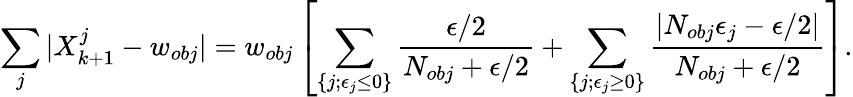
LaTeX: \sum_{j}|X_{k+1}^{j}-w_{obj}|=w_{obj}\left[\sum_{\{ j;\epsilon_{j}\le 0\} }\frac{\epsilon/2}{N_{obj}+\epsilon/2}+\sum_{\{ j;\epsilon_{j}\ge 0\} }\frac{|N_{obj}\epsilon_{j}-\epsilon/2|}{N_{obj}+\epsilon/2}\right].